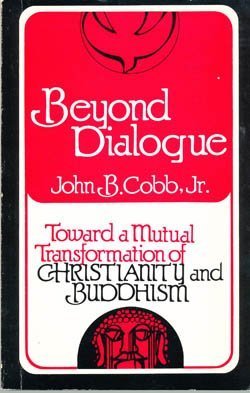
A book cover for Beyond Dialogue: Toward a Mutual Transformation of Christianity and Buddhism (156p); John B. Cobb; Religion & Spirituality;